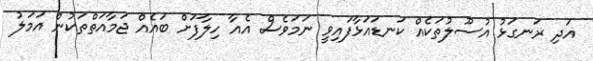
އަދި ރަނގަޅު އުސޫލުތަކެއް ކަނޑައަޅާފައިވީ ނަމަވެސް އެއާ ހިލާފަށް ބައެއް ޖަމާއަތްތަކުން އަމަލު